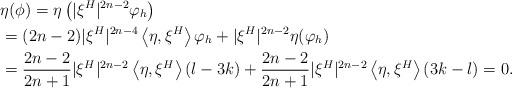
LaTeX: \begin{align*}&\eta(\phi)=\eta\left( |\xi^H|^{2n-2}\varphi_h\right)\\&=(2n-2)|\xi^H|^{2n-4}\left\langle \eta,\xi^H\right\rangle \varphi_h + |\xi^H|^{2n-2}\eta(\varphi_h)\\&=\frac{2n-2}{2n+1}|\xi^H|^{2n-2}\left\langle \eta,\xi^H\right\rangle (l-3k) + \frac{2n-2}{2n+1} |\xi^H|^{2n-2}\left\langle \eta,\xi^H\right\rangle \left( 3k-l\right) =0.\end{align*}